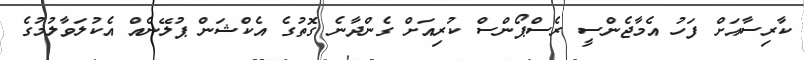
ކާރިސާއަށް ފަހު އެމާޖެންސީ ރެސްޕޯންސް ކުރިއަށް ގެންދާނެ ގޮތުގެ އެކްޝަން ޕުލޭނެއް އެކުލަވާލުމުގެ